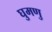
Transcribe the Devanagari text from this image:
घुमणु